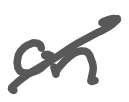
Text: on
Cross-out: diagonal
Writing tool: digital_gray